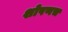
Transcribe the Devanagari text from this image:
शोषणच